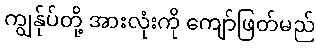
ကျွန်ုပ်တို့ အားလုံးကို ကျော်ဖြတ်မည်